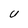
Character: U